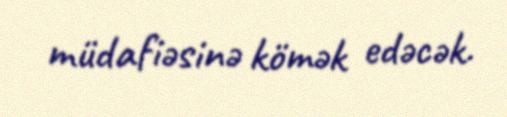
müdafiəsinə kömək edəcək.